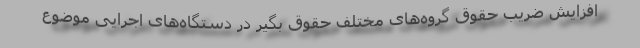
افزایش ضریب حقوق گروه‌های مختلف حقوق بگیر در دستگاه‌های اجرایی موضوع